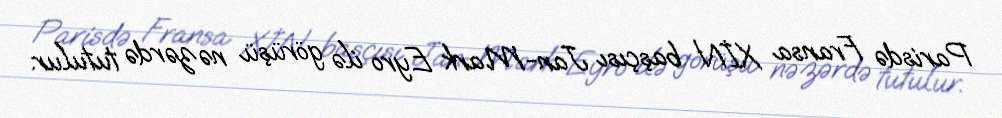
Parisdə Fransa XİN başçısı Jan-Mark Eyro ilə görüşü nəzərdə tutulur.